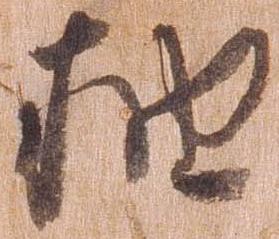
抽